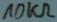
Text: 10KΩ